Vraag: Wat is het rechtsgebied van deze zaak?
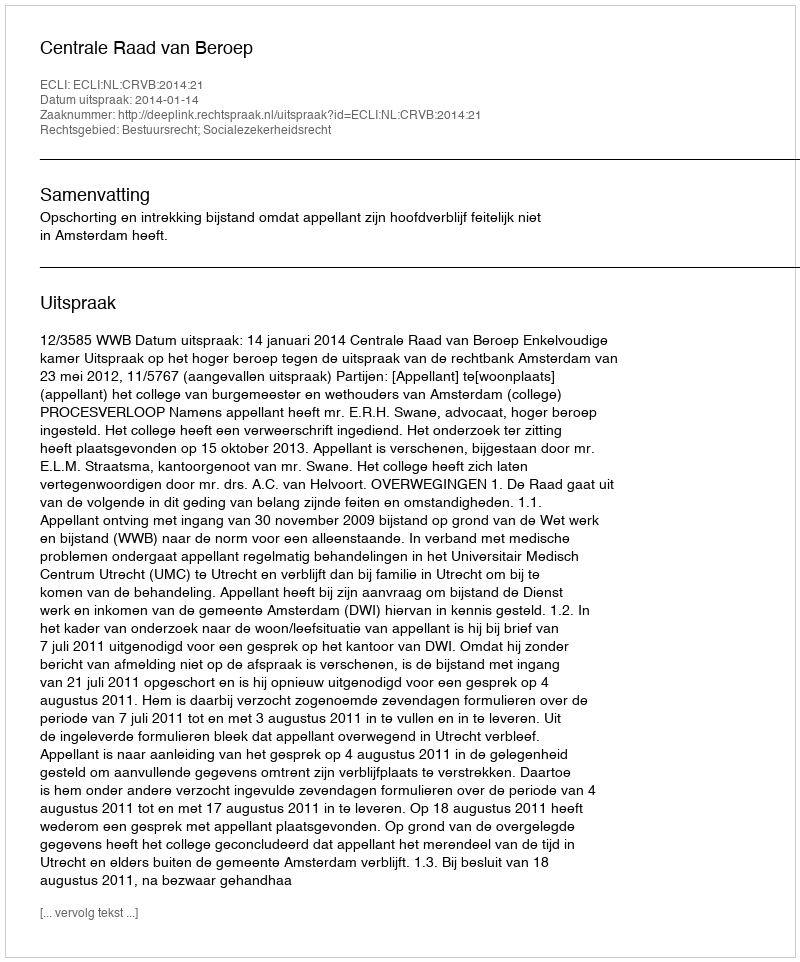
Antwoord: Bestuursrecht; Socialezekerheidsrecht